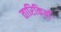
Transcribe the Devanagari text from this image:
तारिकियाँ